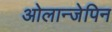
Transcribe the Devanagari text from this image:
ओलान्जेपिन